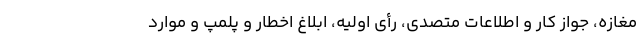
مغازه، جواز کار و اطلاعات متصدی، رأی اولیه، ابلاغ اخطار و پلمپ و موارد